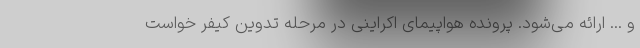
و ... ارائه می‌شود. پرونده هواپیمای اکراینی در مرحله تدوین کیفر خواست